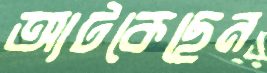
আটকেছেন